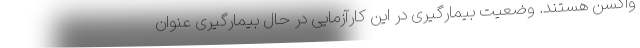
واکسن هستند. وضعیت بیمارگیری در این کارآزمایی در حال بیمارگیری عنوان